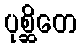
ပုစ္ဆိတေ